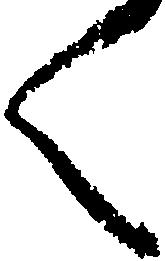
く